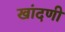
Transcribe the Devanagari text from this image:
खांदणी